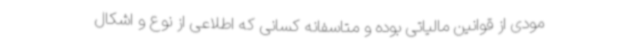
مودی از قوانین مالیاتی بوده و متاسفانه کسانی که اطلاعی از نوع و اشکال